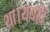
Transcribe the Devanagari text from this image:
था।यद्यपि